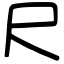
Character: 尺